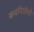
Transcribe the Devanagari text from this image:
कवयित्रीची